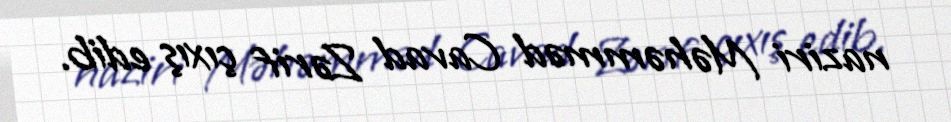
naziri Məhəmməd Cavad Zərif çıxış edib.